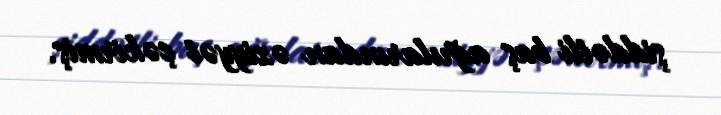
şiddətli baş ağrılarından əziyyət çəkirmiş.